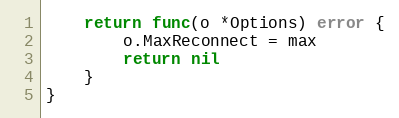
Language: Go
	return func(o *Options) error {
		o.MaxReconnect = max
		return nil
	}
}